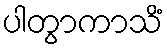
ပါတွာကာသိံ